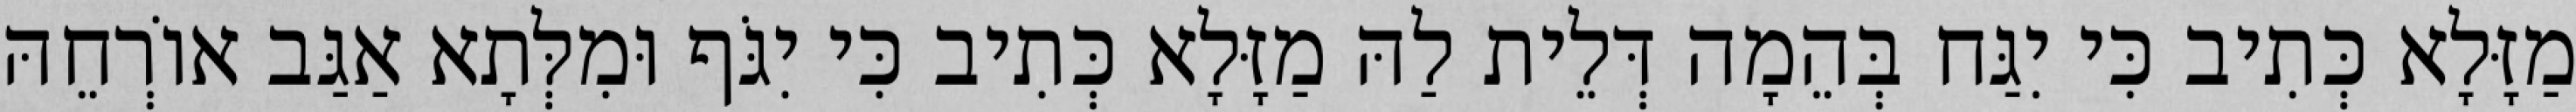
מַזָּלָא כְּתִיב כִּי יִגַּח בְּהֵמָה דְּלֵית לַהּ מַזָּלָא כְּתִיב כִּי יִגֹּף וּמִלְּתָא אַגַּב אוֹרְחֵהּ